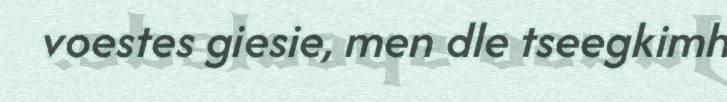
voestes giesie, men dle tseegkimh